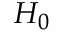
\textstyle H _ { 0 }